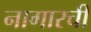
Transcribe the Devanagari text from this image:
नागारची